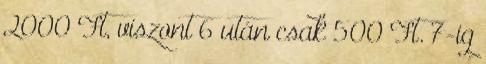
2000 Ft, viszont 6 után csak 500 Ft. 7-ig